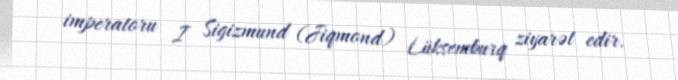
imperatoru I Sigizmund (Jiqmond) Lüksemburq ziyarət edir.